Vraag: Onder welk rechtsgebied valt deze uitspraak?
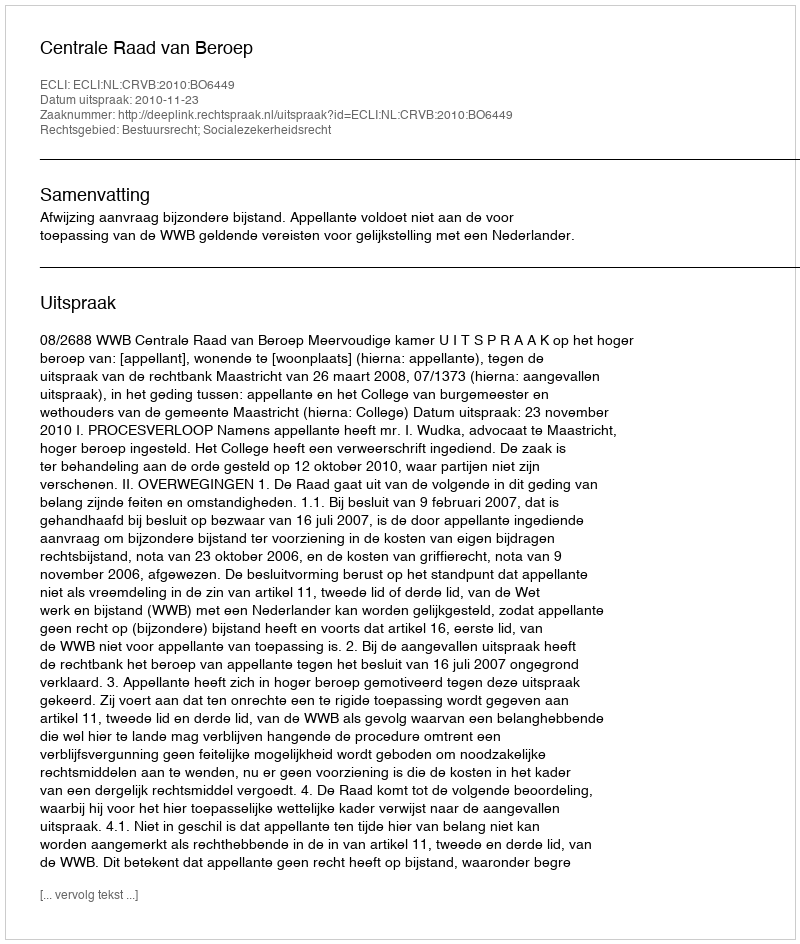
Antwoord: Bestuursrecht; Socialezekerheidsrecht